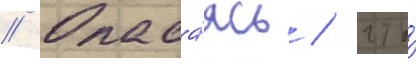
// Опаса́ясь / что́